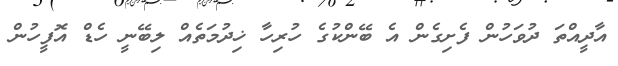
އާދީއްތަ ދުވަހުން ފެށިގެން އެ ބޭންކުގެ ހުރިހާ ޚިދުމަތެއް ލިބޭނީ ހެޑް އޮފީހުން